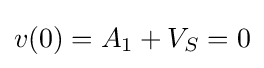
v(0)=A_{1}+V_{S}=0